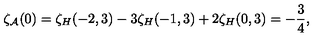
\zeta _ { \cal A } ( 0 ) = \zeta _ { H } ( - 2 , 3 ) - 3 \zeta _ { H } ( - 1 , 3 ) + 2 \zeta _ { H } ( 0 , 3 ) = - { \frac { 3 } { 4 } } ,